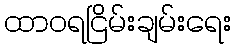
ထာဝရငြိမ်းချမ်းရေး